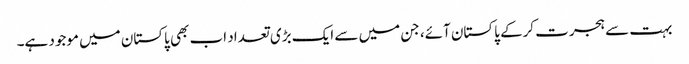
بہت سے ہجرت کرکے پاکستان آئے، جن میں سے ایک بڑی تعداد اب بھی پاکستان میں موجود ہے۔